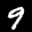
Label: 9